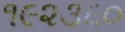
૧૯૨૩૬૦